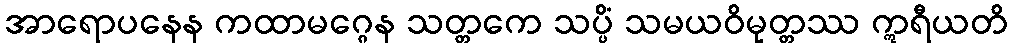
အာရောပနေန ကထာမဂ္ဂေန သတ္တကေ သပ္ပိံ သမယဝိမုတ္တဿ ဣရီယတိ